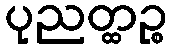
ပုညတ္ထဉ္စ